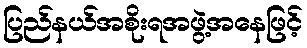
ပြည်နယ်အစိုးရအဖွဲ့အနေဖြင့်